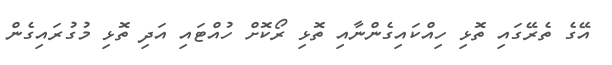
އޭގެ ތެރޭގައި ތޮޅި ހިއްކައިގެންނާއި ތޮޅި ރޯކޮށް ހުއްޓައި އަދި ތޮޅި މުގުރައިގެން